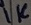
Text: 1K